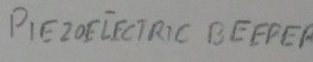
Text: PEIZO ELECTRIC BEEPER